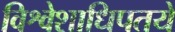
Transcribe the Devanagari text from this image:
विश्वेशाधिपतये